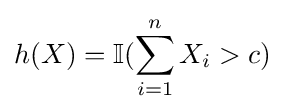
h(X)=\mathbb {I} (\sum _{i=1}^{n}X_{i}>c)